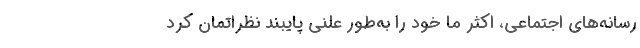
رسانه‌های اجتماعی، اکثر ما خود را به‌طور علنی پایبند نظراتمان کرد